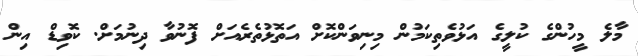
މާލެ މީހުންގެ ކުލީގެ އަޅުވެތިކަމުން މިނިވަންކޮށް އަތޮޅުތެރެއަށް ފޮނުވާ ދިނުމަށް. ކޮވިޑް އިން